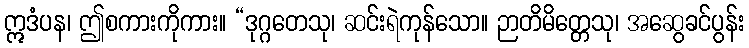
ဣဒံပန၊ ဤစကားကိုကား။ “ဒုဂ္ဂတေသု၊ ဆင်းရဲကုန်သော။ ဉာတိမိတ္တေသု၊ အဆွေခင်ပွန်း